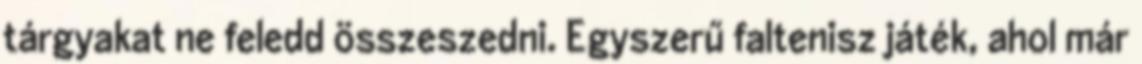
tárgyakat ne feledd összeszedni. Egyszerű faltenisz játék, ahol már